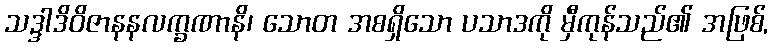
သဒ္ဒါဒိဝိဇာနနလက္ခဏာနိ၊ သောတ အစရှိသော ပသာဒကို မှီကုန်သည်၏ အဖြစ်,